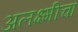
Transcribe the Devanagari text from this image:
अलक्ष्मीचा